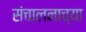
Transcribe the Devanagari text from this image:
संचालनाच्या